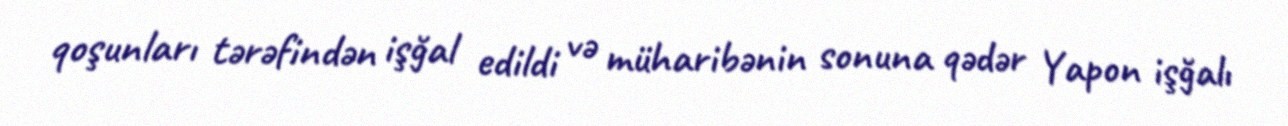
qoşunları tərəfindən işğal edildi və müharibənin sonuna qədər Yapon işğalı